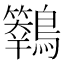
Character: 𪇙